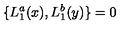
\{ L _ { 1 } ^ { a } ( x ) , L _ { 1 } ^ { b } ( y ) \} = 0